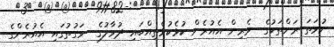
ނުވަތަ ރަށްތަކުގެ  ވެރިން އެއުރެން ކުޅެކުޅެތިއްބައި ދުވާލުގެ  ވަގުތުގައި އެއުރެންގެ